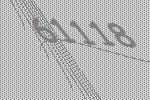
61118